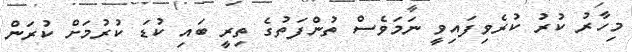
މިހާރު ކުރު ކުރެވިފައިވީ ނަމަވެސް ތުންފަތުގެ ތިރީ ބައި ކުޑަ ކުރުމަށް ކުރަން